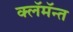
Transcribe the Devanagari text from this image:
क्लॅमॅन्त